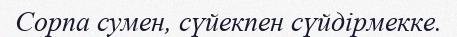
Сорпа сумен, сүйекпен сүйдірмекке.